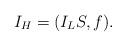
LaTeX: \begin{align*}I_H= (I_L S , f).\end{align*}